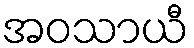
အဝသာယီ